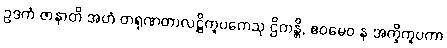
ဥဒကံ ဇာနာတိ အဟံ တရုဏတာလဋ္ဌိကူပကေသု ဌိတန္တိ, ဧဝမေဝ န အက္ခိကူပကာ